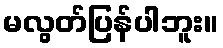
မလွတ်ပြန်ပါဘူး။